system: You are a helpful assistant.
user:
Analyze the provided spectrum to determine if it is a **Carbon Star (C-type)**.

- **Key Visual Indicators of Carbon Star:**
    - **(Primary):** Strong molecular absorption from **C₂ (diatomic carbon) "Swan Bands."** This is the **defining feature** of a carbon star.
        - **(Key Bandheads):** Sharp absorption edges are visible at approximately $5635$ Å, $5165$ Å (the strongest band), and $4737$ Å.
        - **(Line Profile):** Creates a distinct **"saw-tooth"** pattern. The key morphology is a sharp, steep bandhead on the **red (long-wavelength) side**, which then gradually tapers off (i.e., flux recovers) towards the **blue (short-wavelength) side**. *(This is the direct opposite of the TiO bands seen in M-type stars)*.

    - **(Secondary):** Intense **CN (cyanogen)** molecular absorption bands.
        - **(Key Bandheads):** Located in the blue and violet regions of the spectrum (e.g., near $4215$ Å and $3883$ Å).
        - **(Morphology):** These bands are extremely broad and act as a "blanket," absorbing the vast majority of blue and violet light. This creates a characteristic **"cliff"** or **"steep drop-off"** in the spectrum's flux at short wavelengths.

    - **(Key Confirmation):** Strong **CH absorption band (G-band)**.
        - **(Key Bandhead):** Located around $4300$ Å. The contribution from CH molecules to this band is exceptionally strong.

    - **(Overall Spectrum):**
        - The continuum is severely "chopped up" by these deep molecular bands, especially C₂, rather than appearing as a smooth curve.
        - Due to the heavy CN and C₂ absorption in the blue-green, the vast majority of the star's flux is concentrated in the red part of the spectrum, giving the star its characteristic deep red color.

Think first, call **spectral_visualization_tool** if needed to examine features in detail, then provide your final answer. Your response must adhere to the following strict rules:
1.  **Overall Structure:** Your response must follow the format `<think>...</think> <tool_call>...</tool_call> (if a tool is used) <answer>...</answer>`.
2.  **Tool Usage Constraint:** You may only make **one** tool call per turn.
3.  **Final Answer Format:** In the `<answer>` tag, your conclusion must be inside a `\boxed{}` command (e.g., `\boxed{YES}`), followed by your justification.

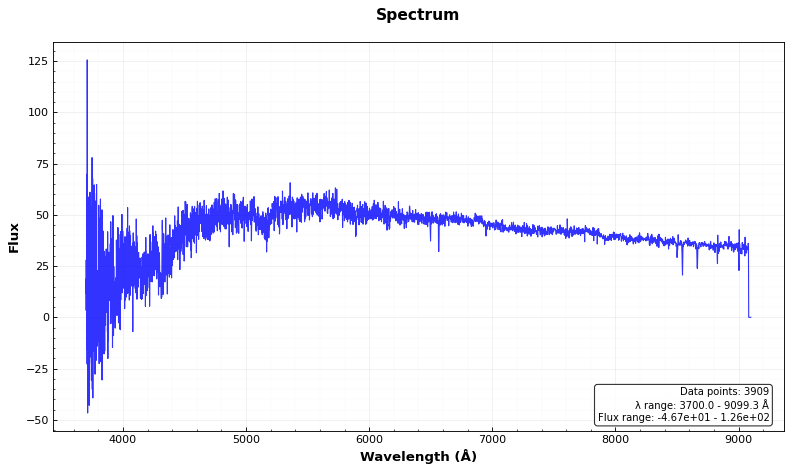
Answer: NO